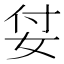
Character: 姇